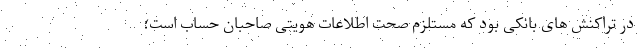
در تراکنش های بانکی بود که مستلزم صحت اطلاعات هویتی صاحبان حساب است؛